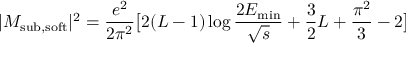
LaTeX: | M _ { \mathrm { { s u b , s o f t } } } | ^ { 2 } = \frac { e ^ { 2 } } { 2 \pi ^ { 2 } } \bigl [ 2 ( L - 1 ) \log \frac { 2 E _ { \mathrm { m i n } } } { \sqrt { s } } + \frac { 3 } { 2 } L + \frac { \pi ^ { 2 } } { 3 } - 2 \bigr ]